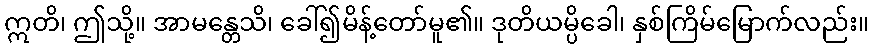
ဣတိ၊ ဤသို့။ အာမန္တေသိ၊ ခေါ်၍မိန့်တော်မူ၏။ ဒုတိယမ္ပိခေါ၊ နှစ်ကြိမ်မြောက်လည်း။